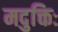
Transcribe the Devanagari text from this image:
मदुक्तिः